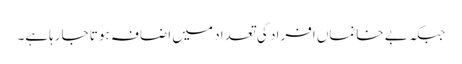
جبکہ بے خانماں افراد کی تعداد میں اضافہ ہوتا جارہاہے۔